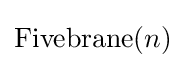
\operatorname {Fivebrane} (n)